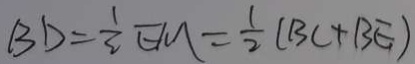
B D = \frac { 1 } { 2 } E M = \frac { 1 } { 2 } ( B C + B E )